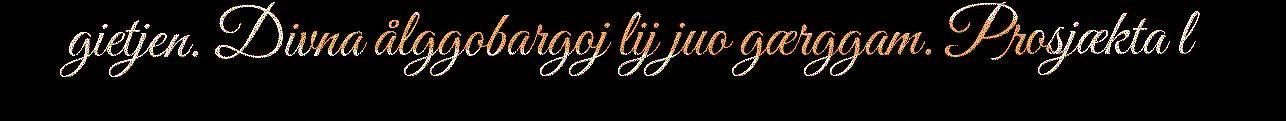
gietjen. Divna ålggobargoj lij juo gærggam. Prosjækta l